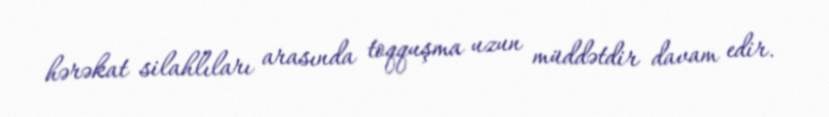
hərəkat silahlıları arasında toqquşma uzun müddətdir davam edir.